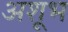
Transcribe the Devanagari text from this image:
अशूभ